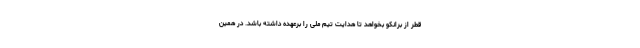
قطر از برانکو بخواهد تا هدایت تیم ملی را برعهده داشته باشد. در همین